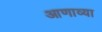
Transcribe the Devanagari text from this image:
आणाव्या